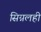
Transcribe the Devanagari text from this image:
सिग्नलही